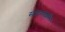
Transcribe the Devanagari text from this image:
समरणशक्ति